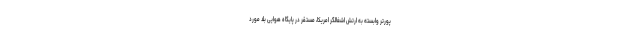
پورتر وابسته به ارتش اشغالگر امریکا، مستقر در پایگاه هوایی بلد مورد